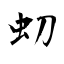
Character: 虭